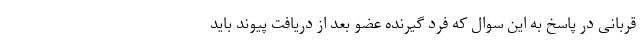
قربانی در پاسخ به این سوال که فرد گیرنده عضو بعد از دریافت پیوند باید